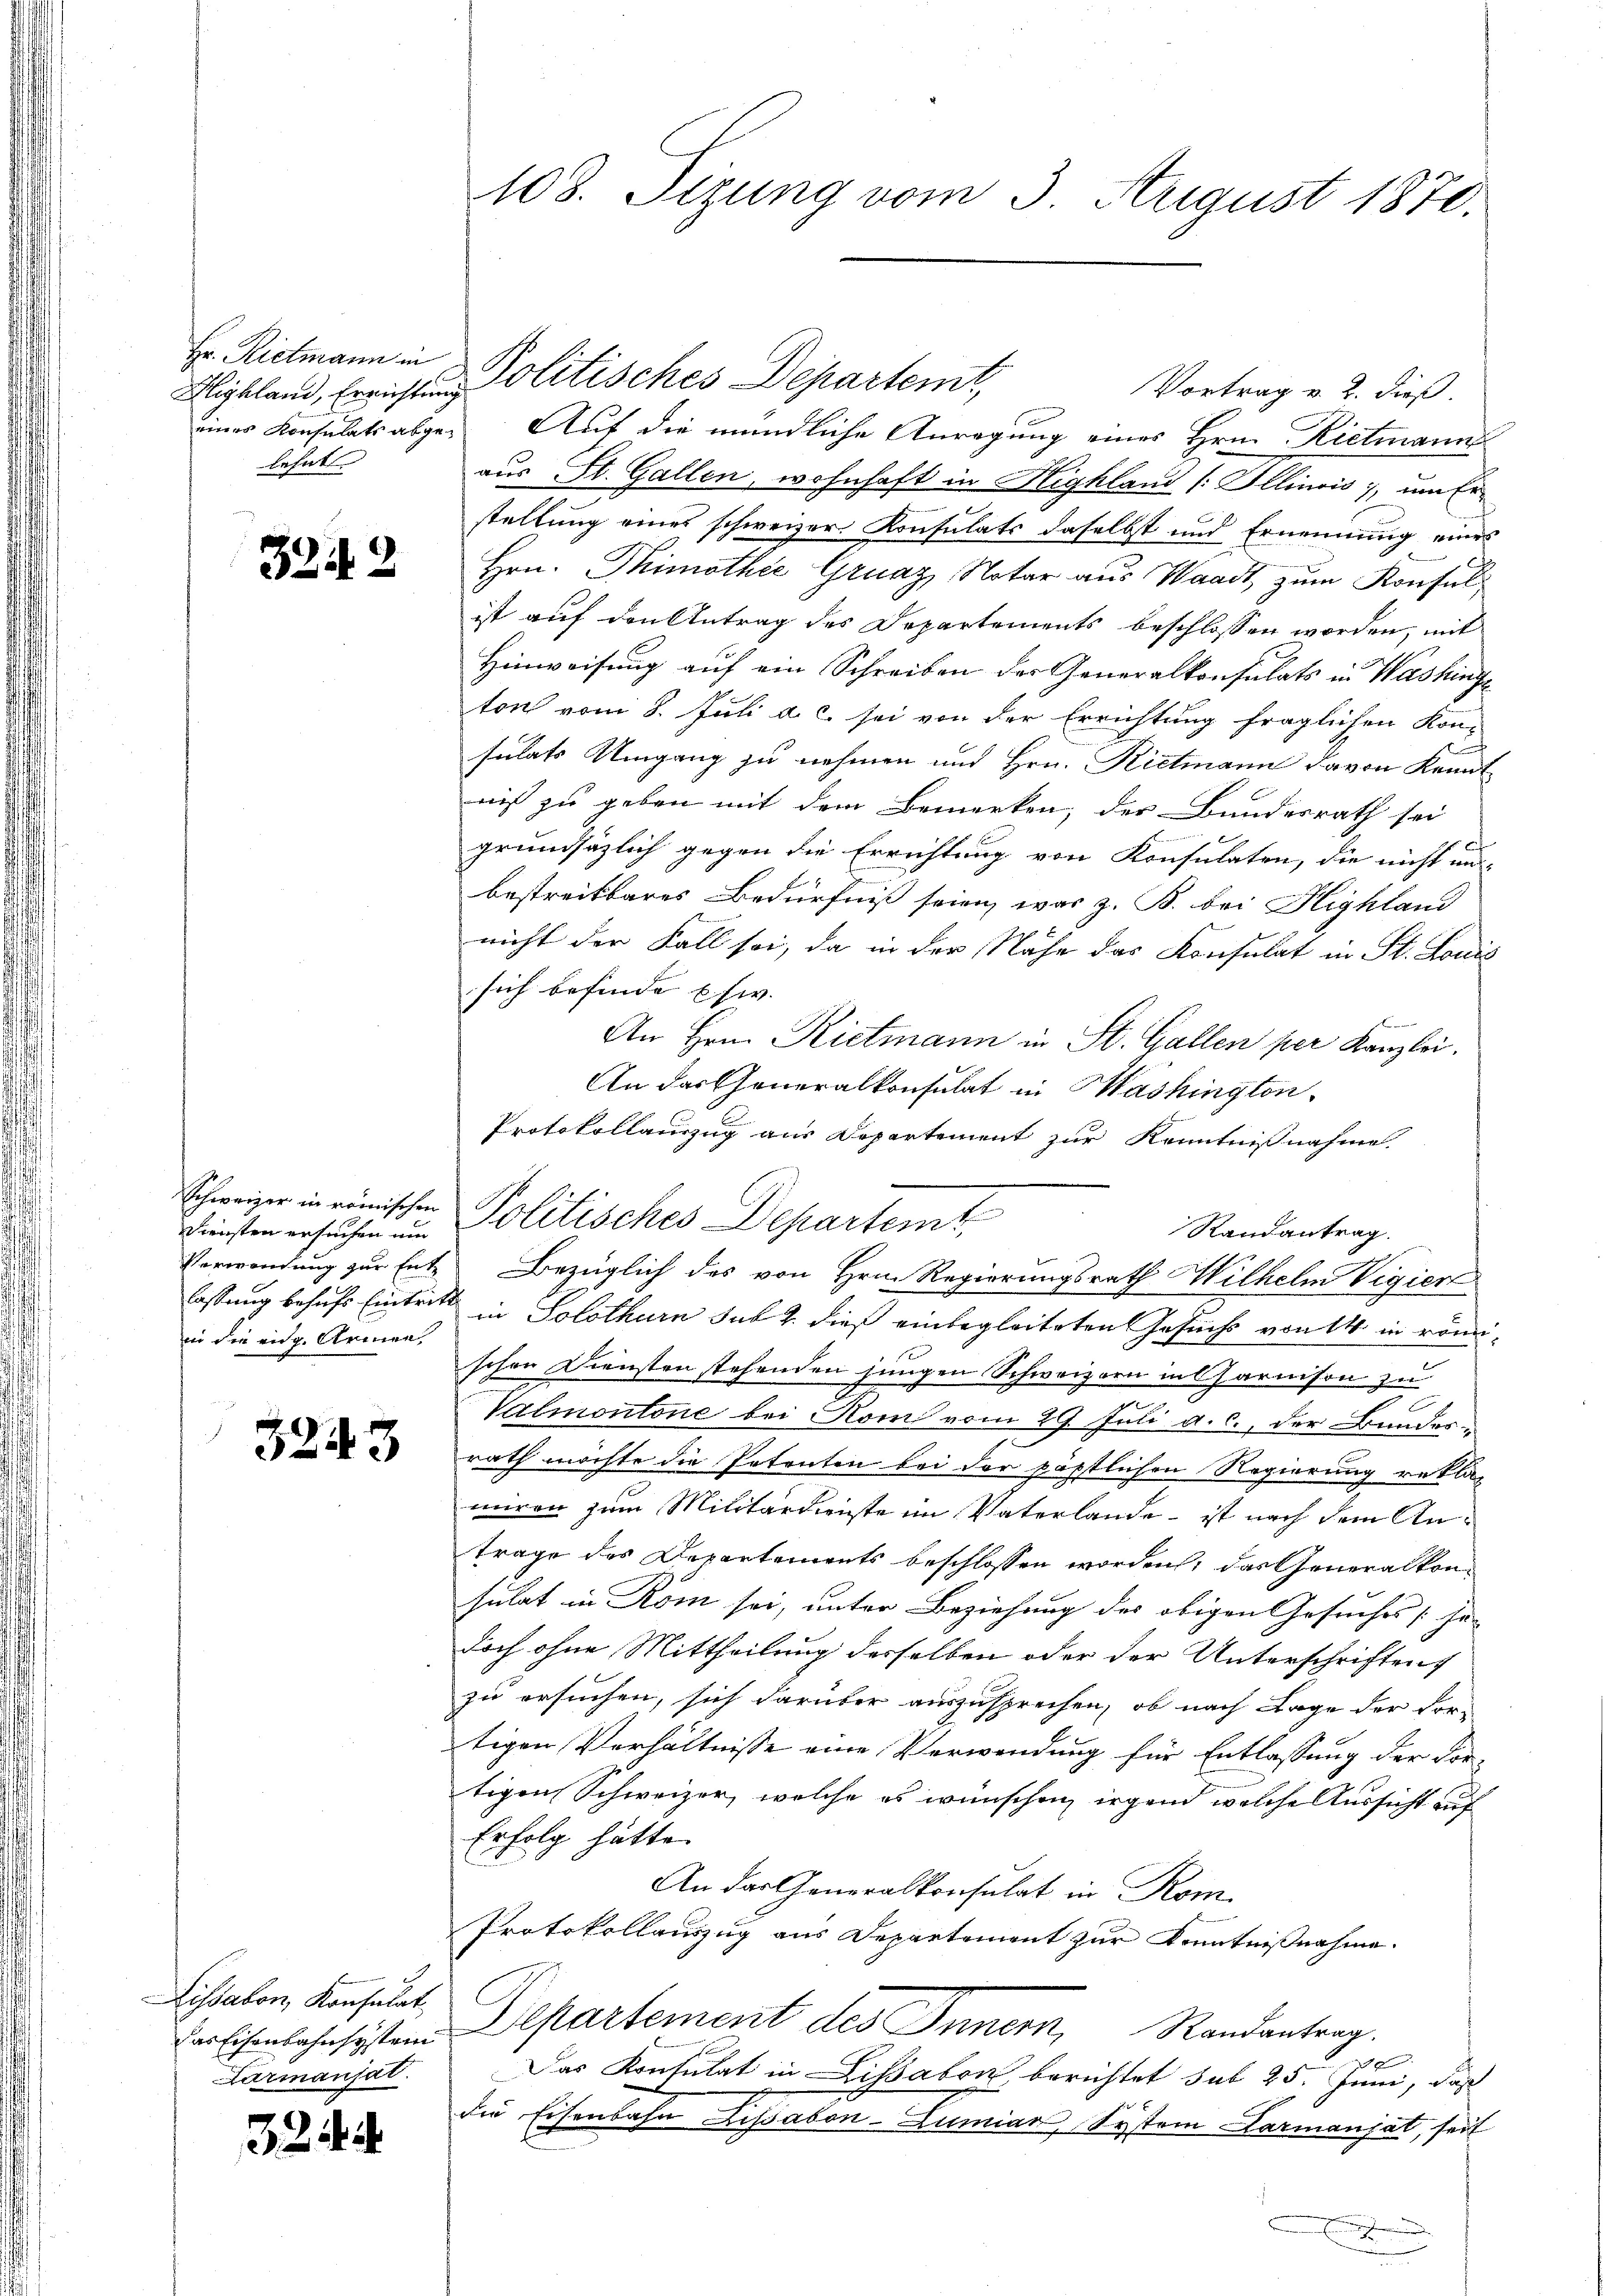
Hr. Rietmann in
lehnt

39.

2

Diensten ersuchen und
in die eidg. Armen

3243

Lissabon, Konsulat
Kurmansat

321

108. Sizung vom 3. August 1870.

Highland, Errichten Politisches Departemt,
Vortrag v. 2. dieß.
eines Konsulats abge. Auf die mündliche Anregung eines Hrn. Rietmann
aus St. Gallen, wohnhaft in Highland /: Illinois, um Er-
stellung eines schweizer Konsulats daselbst und Ernennung eines
Hrn. Thimothee Gruaz Notar aus Waadt zum Konsul
ist auf den Antrag des Departements beschlossen worden, mit
Hinweisung auf ein Schreiben der Generalkonsulats in Washinge
ton vom 8. Juli a. c. sei von der Errichtung fraglichen Kon-
sulats Umgang zu nehmen und Hrn. Rietmann davon Kant
nis zu geben mit dem Bemerken, der Bundesrath sei
grundsätzlich gegen die Errichtung von Konsulaten, die nicht un-
bestreitbares Bedürfniß seien, was z. B. bei Highland
nicht der Fall sei, da in der Nähe das Konsulat in St. Louis
sich befinde usw. |
An Hrn. Rietmann in St. Gallen per Kanzlei.
An das Generalkonsulat in Mashington
Protokollauszug aus Departement zur Kenntnißnahme
Schweizer in einischen Politisches Departemt
Randantrag.
Verwendung zur Ent- Bezüglich des von Hrn. Regierungsrath Wilhelm Vigier
lassung behufs Eintritt in Solothurn sub 2. dieß einbegleiteten Gesuchs von 14 in römischon Diensten stehenden jungen Schweizern in Garnison zu
Valmontone bei Komi vom 29. Juli a. c., der Bunderrath möchte die Petenten bei der päpstlichen Regierung reklag
miren zum Militärdienste im Vaterlande - ist nach dem Antrage des Departements beschlossen worden, das Generalkonsulat in Rom sei, unter Beziehung des obigen Gesuches In-
doch ohne Mittheilung derselben oder der Unterschriften
zu ersuchen, sich darüber auszusprechen, ob nach Lage der Vor-
tigen Verhältnisse eine Verwendung für Entlassung der Vortigen Schweizer, welche es wünschen, irgend welche Aussicht auf
Erfolg hätte.
An das Generalkonsulat in Kom-
Protokollauszug aus Departement zur Kenntnißnahme.
er Eisenlohnsystem Departement des Innern, Randantrag.
10
Das Konsulat in Lissabon, berichtet sub 25. Juni, daß
die Eisenbahn Lissabon-Lumian, System Darmanjat, seit
e